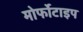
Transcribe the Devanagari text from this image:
मोर्फोटाइप